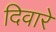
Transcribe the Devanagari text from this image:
दिवारे